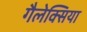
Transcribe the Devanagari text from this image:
गैलेक्सिया